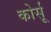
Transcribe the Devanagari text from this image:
कोर्सू